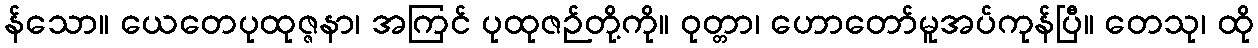
န်သော။ ယေတေပုထုဇ္ဇနာ၊ အကြင် ပုထုဇဉ်တို့ကို။ ဝုတ္တာ၊ ဟောတော်မူအပ်ကုန်ပြီ။ တေသု၊ ထို